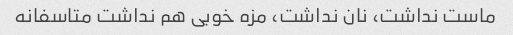
ماست نداشت، نان نداشت، مزه خوبی هم نداشت متاسفانه